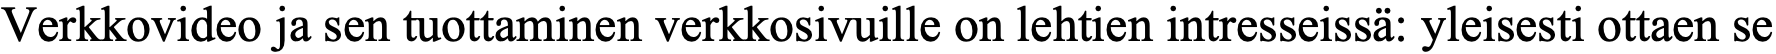
Verkkovideo ja sen tuottaminen verkkosivuille on lehtien intresseissä: yleisesti ottaen se